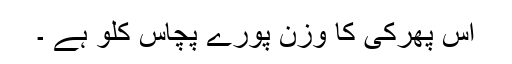
اس پھرکی کا وزن پورے پچاس کلو ہے ۔